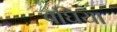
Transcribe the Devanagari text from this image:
बघिया